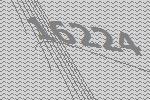
16224